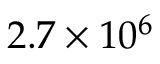
2 . 7 \times 1 0 ^ { 6 }